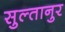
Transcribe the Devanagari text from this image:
सुल्तानुर